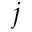
j